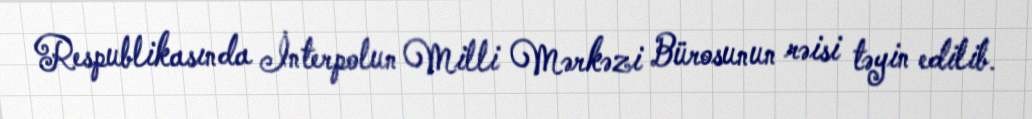
Respublikasında İnterpolun Milli Mərkəzi Bürosunun rəisi təyin edilib.